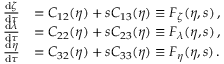
\begin{array} { r l } { \frac { \mathrm { d } \zeta } { \mathrm { d } \tau } } & { = C _ { 1 2 } ( \eta ) + s C _ { 1 3 } ( \eta ) \equiv F _ { \zeta } ( \eta , s ) \, , } \\ { \frac { \mathrm { d } \lambda } { \mathrm { d } \tau } } & { = C _ { 2 2 } ( \eta ) + s C _ { 2 3 } ( \eta ) \equiv F _ { \lambda } ( \eta , s ) \, , } \\ { \frac { \mathrm { d } \eta } { \mathrm { d } \tau } } & { = C _ { 3 2 } ( \eta ) + s C _ { 3 3 } ( \eta ) \equiv F _ { \eta } ( \eta , s ) \, . } \end{array}